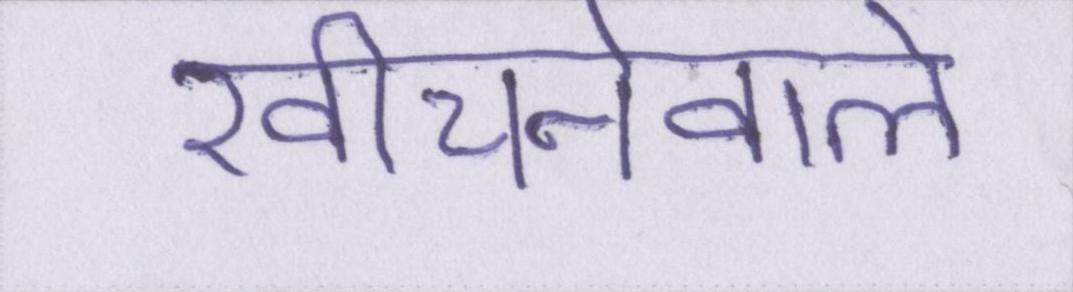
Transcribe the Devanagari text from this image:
खींचनेवाले